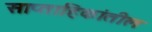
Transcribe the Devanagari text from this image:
साप्ताहिकांतील